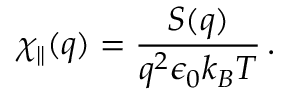
\chi _ { \parallel } ( q ) = \frac { S ( q ) } { q ^ { 2 } \epsilon _ { 0 } k _ { B } T } \, .